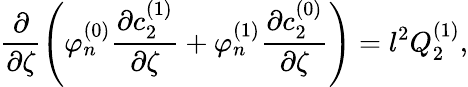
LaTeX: \frac{\partial}{\partial\zeta}\left(\varphi_{n}^{(0)}\frac{\partial c_{2}^{(1)}}{\partial\zeta}+\varphi_{n}^{(1)}\frac{\partial c_{2}^{(0)}}{\partial\zeta}\right)=l^{2}Q_{2}^{(1)},